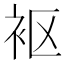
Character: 𫋲